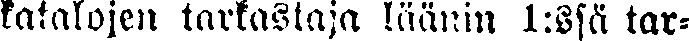
katalojen tarkastaja läänin 1:ssä tar-